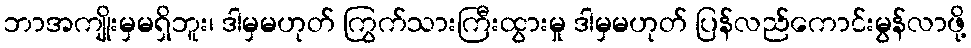
ဘာအကျိုးမှမရှိဘူး၊ ဒါမှမဟုတ် ကြွက်သားကြီးထွားမှု ဒါမှမဟုတ် ပြန်လည်ကောင်းမွန်လာဖို့